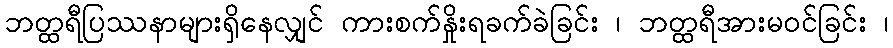
ဘတ္ထရီပြဿနာများရှိနေလျှင် ကားစက်နှိုးရခက်ခဲခြင်း ၊ ဘတ္ထရီအားမဝင်ခြင်း ၊